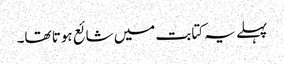
پہلے یہ کتابت میں شائع ہوتا تھا۔